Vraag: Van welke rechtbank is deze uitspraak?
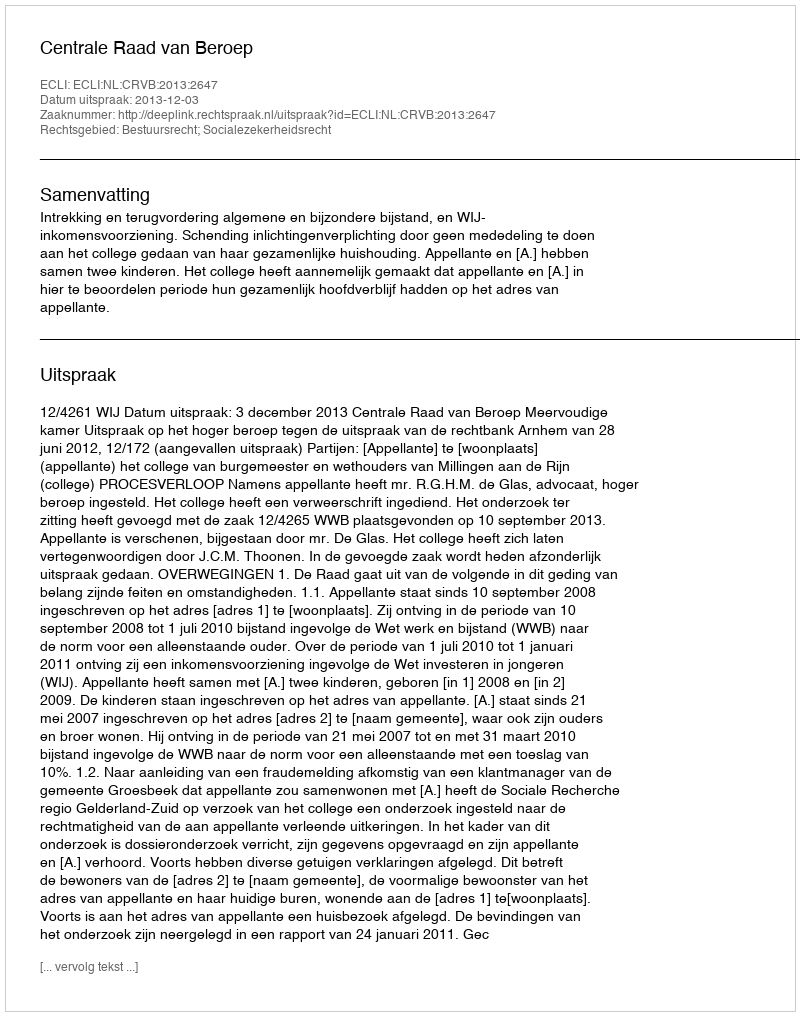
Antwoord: Centrale Raad van Beroep